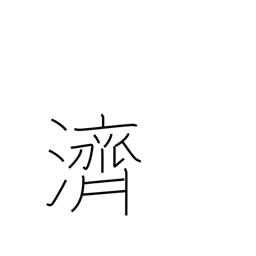
Meaning: to ferry